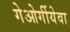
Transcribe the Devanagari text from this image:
गेओर्गीयेवा